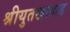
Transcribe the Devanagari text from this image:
श्रीयुतखादाड